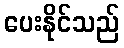
ပေးနိုင်သည်